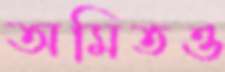
অমিতও